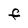
Character: f